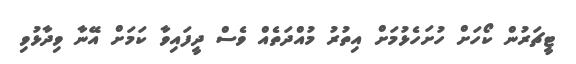
ޓީޗަރުން ކޯހަށް ހުށަހެޅުމަށް އިތުރު މުއްދަތެއް ވެސް ދީފައިވާ ކަމަށް އޭނާ ވިދާޅުވި